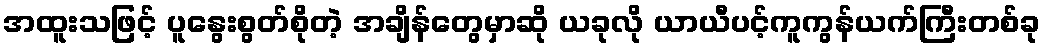
အထူးသဖြင့် ပူနွေးစွတ်စိုတဲ့ အချိန်တွေမှာဆို ယခုလို ယာယီပင့်ကူကွန်ယက်ကြီးတစ်ခု